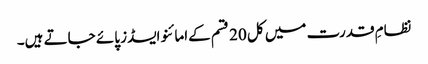
نظامِ قدرت میں کل 20 قسم کےامائنو ایسڈز پائے جاتے ہیں۔